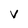
Character: v